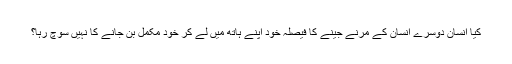
کیا انسان دوسرے انسان کے مرنے جینے کا فیصلہ خود اپنے ہاتھ میں لے کر خود مکمل بن جانے کا نہیں سوچ رہا؟